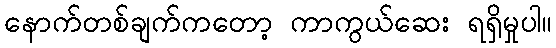
နောက်တစ်ချက်ကတော့ ကာကွယ်ဆေး ရရှိမှုပါ။